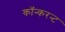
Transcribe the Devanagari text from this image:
कॉन्करन्ट